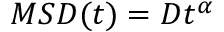
M S D ( t ) = D t ^ { \alpha }